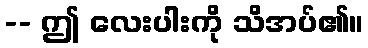
-- ဤ လေးပါးကို သိအပ်၏။